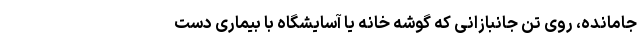
جامانده، روی تن جانبازانی که گوشه خانه یا آسایشگاه با بیماری‌ دست